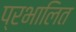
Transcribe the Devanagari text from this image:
प्रभालित